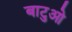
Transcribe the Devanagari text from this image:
बाटुओ